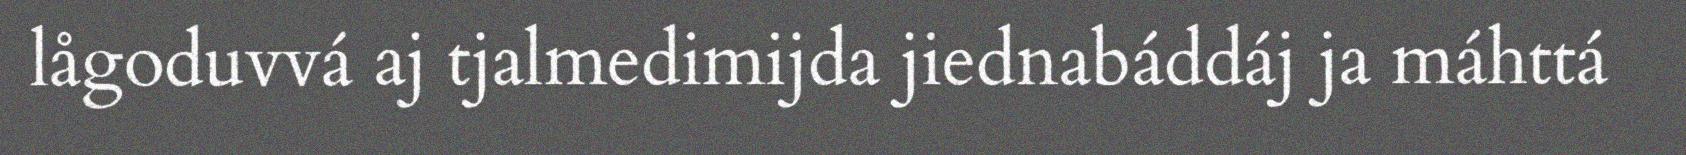
lågoduvvá aj tjalmedimijda jiednabáddáj ja máhttá